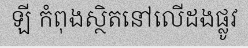
ឡី កំពុងស្ថិតនៅលើដងផ្លូវ